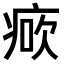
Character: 𤶺